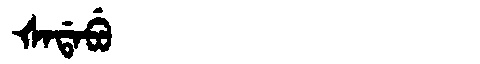
Manchu: ᡧᠠᡩᠠᠪᡠ
Romanization: ŠADABU